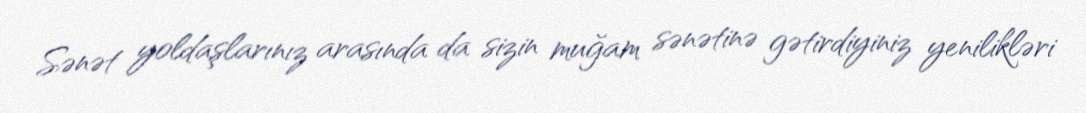
Sənət yoldaşlarınız arasında da sizin muğam sənətinə gətirdiyiniz yenilikləri